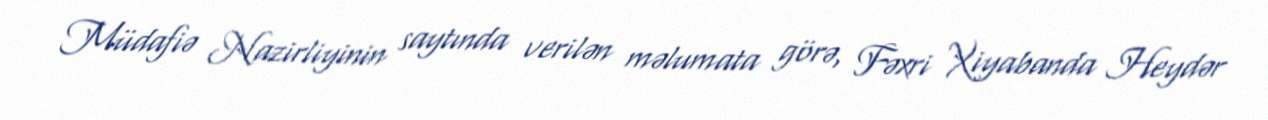
Müdafiə Nazirliyinin saytında verilən məlumata görə, Fəxri Xiyabanda Heydər